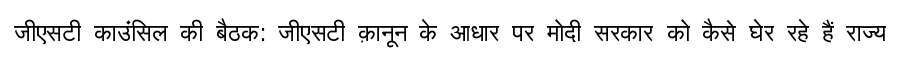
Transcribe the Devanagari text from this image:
जीएसटी काउंसिल की बैठक: जीएसटी क़ानून के आधार पर मोदी सरकार को कैसे घेर रहे हैं राज्य